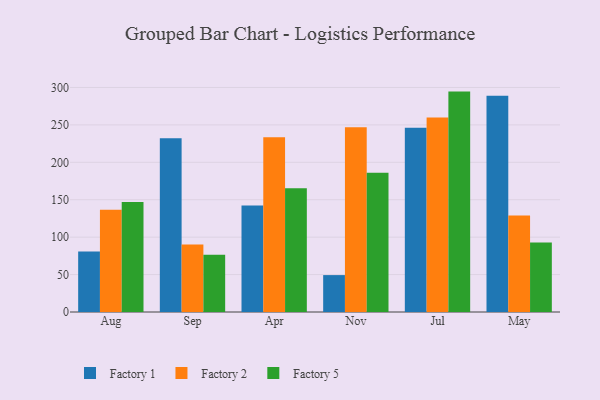
{"axis": {"x": "Month", "y": "Humidity (%)"}, "legend": ["Factory 1", "Factory 2", "Factory 5"], "data": [{"x": "Aug", "y": 80.7, "type": "Factory 1"}, {"x": "Aug", "y": 136.5, "type": "Factory 2"}, {"x": "Aug", "y": 147.0, "type": "Factory 5"}, {"x": "Sep", "y": 232.3, "type": "Factory 1"}, {"x": "Sep", "y": 90.2, "type": "Factory 2"}, {"x": "Sep", "y": 76.6, "type": "Factory 5"}, {"x": "Apr", "y": 142.3, "type": "Factory 1"}, {"x": "Apr", "y": 233.6, "type": "Factory 2"}, {"x": "Apr", "y": 165.5, "type": "Factory 5"}, {"x": "Nov", "y": 49.3, "type": "Factory 1"}, {"x": "Nov", "y": 246.7, "type": "Factory 2"}, {"x": "Nov", "y": 185.9, "type": "Factory 5"}, {"x": "Jul", "y": 246.1, "type": "Factory 1"}, {"x": "Jul", "y": 259.9, "type": "Factory 2"}, {"x": "Jul", "y": 294.5, "type": "Factory 5"}, {"x": "May", "y": 288.8, "type": "Factory 1"}, {"x": "May", "y": 129.0, "type": "Factory 2"}, {"x": "May", "y": 92.8, "type": "Factory 5"}]}